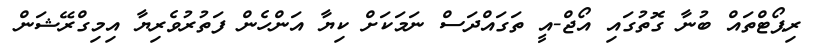
ރިޕޯޓްތައް ބުނާ ގޮތުގައި އޯޖް-އީ ތަގައްދަސް ނަމަކަށް ކިޔާ އަންހެން ފަތުރުވެރިޔާ އިމިގްރޭޝަން